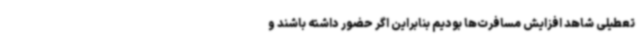
تعطیلی شاهد افزایش مسافرت‌ها بودیم بنابراین اگر حضور داشته باشند و